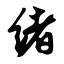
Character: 绪